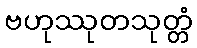
ဗဟုဿုတသုတ္တံ